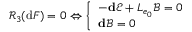
\mathcal { R } _ { 3 } ( \mathrm { d } F ) = 0 \Leftrightarrow \left\{ \begin{array} { l l } { - \mathbf { d } \mathscr { E } + L _ { e _ { 0 } } \mathscr { B } = 0 } \\ { \mathbf { d } \mathscr { B } = 0 } \end{array} \right.